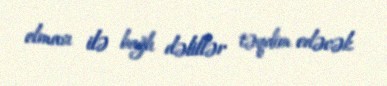
olması ilə bağlı dəlillər təqdim edəcək.